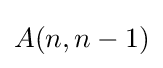
{\textstyle A(n,n-1)}